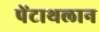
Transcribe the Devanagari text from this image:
पेंटाथलान